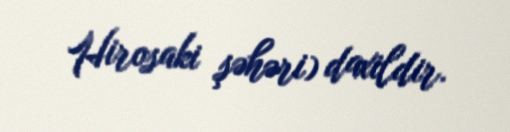
Hirosaki şəhəri) daxildir.